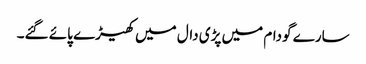
سارے گودام میں پڑی دال میں کھیڑے پائے گئے۔